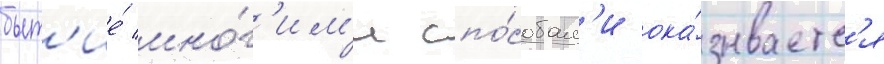
быт'ие́ мно́г'им'и спо́собам'и ока́зываетс'я